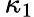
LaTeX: \, \kappa_{1}